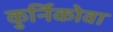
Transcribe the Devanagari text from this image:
कुर्निकोवा